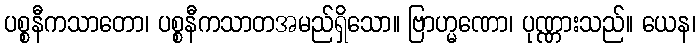
ပစ္စနီကသာတော၊ ပစ္စနီကသာတအမည်ရှိသော။ ဗြာဟ္မဏော၊ ပုဏ္ဏားသည်။ ယေန၊